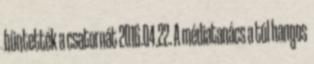
büntették a csatornát 2016.04.22. A médiatanács a túl hangos